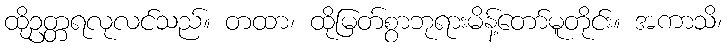
ထိုဥတ္တရလုလင်သည်။ တထာ၊ ထိုမြတ်စွာဘုရားမိန့်တော်မူတိုင်း။ အကာသိ၊